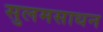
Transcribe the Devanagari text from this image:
सुलमसाधन